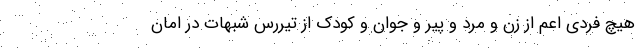
هیچ فردی اعم از زن و مرد و پیر و جوان و کودک از تیررَس شبهات در امان